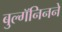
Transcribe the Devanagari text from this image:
बुल्गॅनिनने